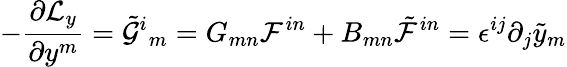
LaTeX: -\frac{\partial{\cal L}_{y}}{\partial y^{m}}=\tilde{\cal G}^{i}{}_{m}=G_{mn}{\cal F}^{in}+B_{mn}\tilde{\cal F}^{in}=\epsilon^{ij}\partial_{j}\tilde{y}_{m}